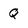
Character: Q